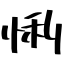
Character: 悧